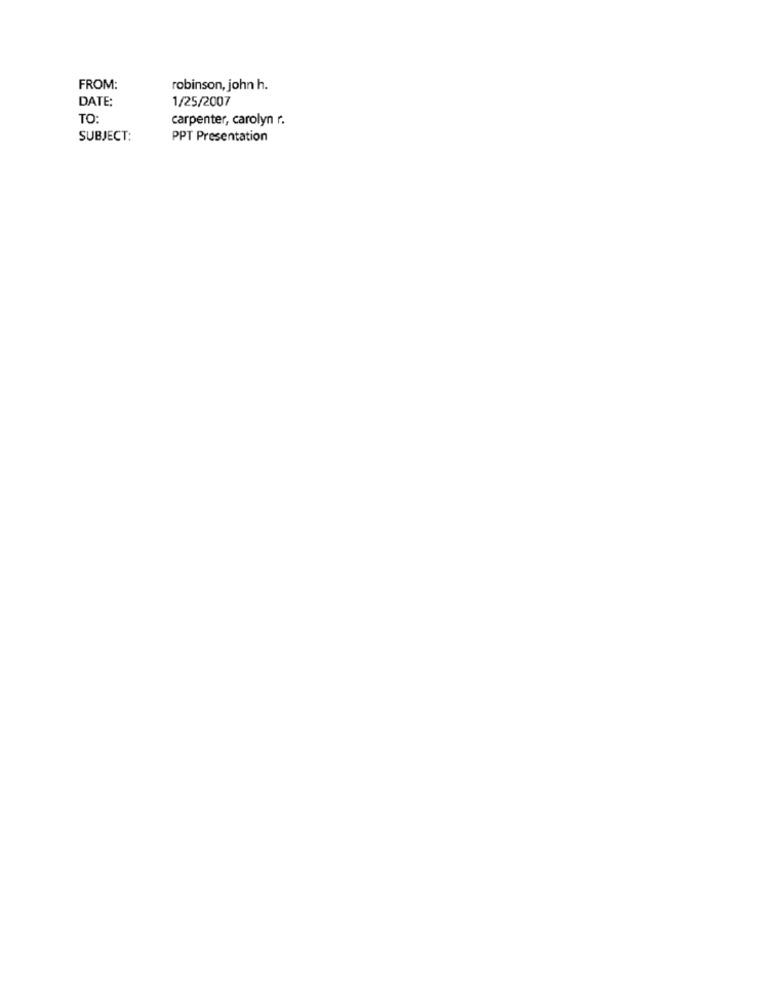
FROM:
robinson, john h.
DATE:
1/25/2007
TO:
carpenter, carolyn r.
SUBJECT:
PPT Presentation